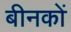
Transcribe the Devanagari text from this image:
बीनकों